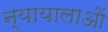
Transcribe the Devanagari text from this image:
न्यायालाओं